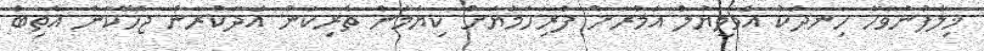
ޚިލާފުނުވާހާ ހިނދަކު އެވަލީޔުލް އަމްރަށް ފުރިހަމަޔަށް ކިޔަމަން ތެރިކަން އަދާކުރާން ޖެހޭކަން އެތިބަ